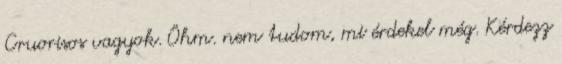
Cruorisos vagyok. Öhm. nem tudom, mi érdekel még. Kérdezz